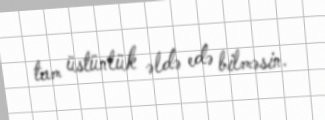
tam üstünlük əldə edə bilməsin.